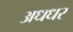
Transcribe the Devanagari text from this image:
अधधर